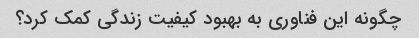
چگونه این فناوری به بهبود کیفیت زندگی کمک کرد؟